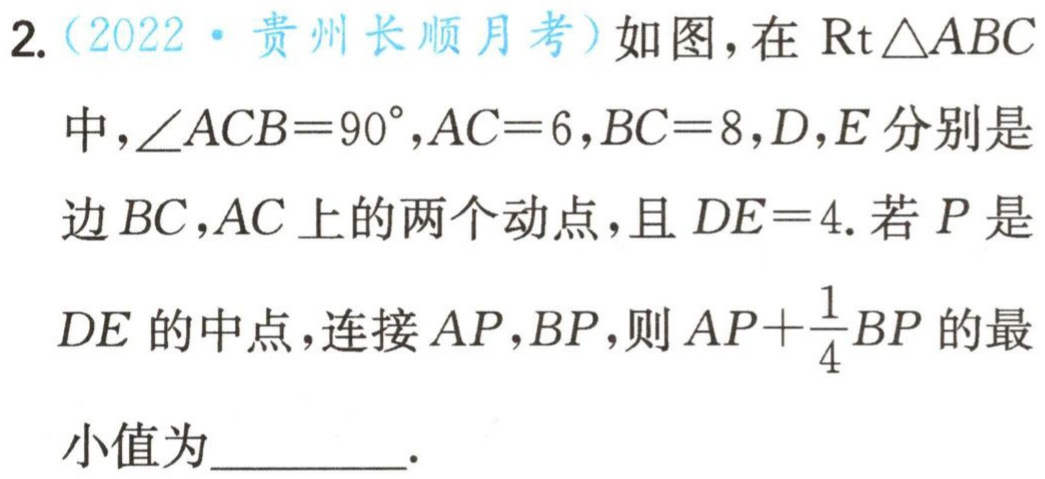
2.（2022·贵州长顺月考）如图，在$\text{Rt}\triangle ABC$中，$\angle ACB = 90^{\circ},AC = 6,BC = 8,D,E$分别是边$BC,AC$上的两个动点，且$DE = 4$. 若$P$是$DE$的中点，连接$AP,BP$，则$AP+\frac{1}{4}BP$的最小值为_________.